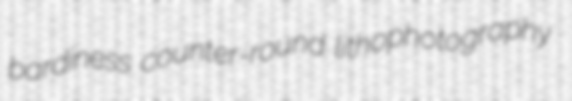
bardiness counter-round lithophotography